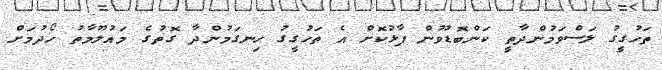
ތަހުގީގު ލަސްވަމުންދާތީ ކަންބޮޑުވުން ފާޅުކޮށް އެ ތަހުގީގު ހިނގަމުންދާ ގޮތުގެ މައުލޫމާތު ހޯދުމަށް